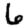
Digit: 6